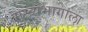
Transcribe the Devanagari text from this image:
मुख्यभागाला